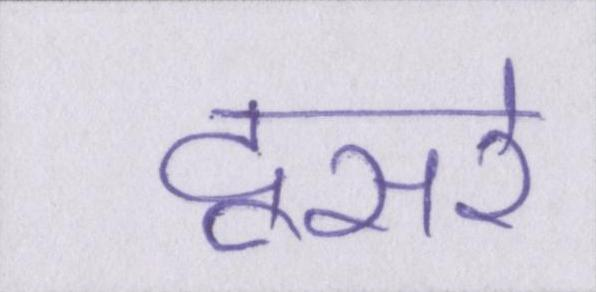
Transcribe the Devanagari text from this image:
दूसरे